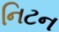
નિટન